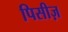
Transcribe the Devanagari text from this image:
पिसीज़